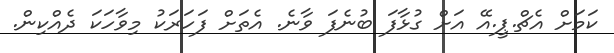
ކަމަށް އެޗް.ޕީ.އޭ އަށް ގުޅާފަ ބުނެފަ ވާނެ. އެތަށް ފަހަރަކު މިވާހަކަ ދެއްކިން.